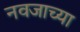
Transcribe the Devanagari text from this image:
नवजाच्या